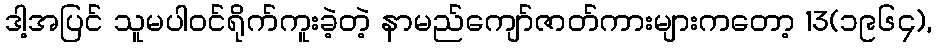
ဒါ့အပြင် သူမပါဝင်ရိုက်ကူးခဲ့တဲ့ နာမည်ကျော်ဇာတ်ကားများကတော့ 13(၁၉၆၄),